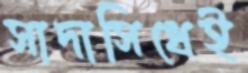
সাদাসিধেই